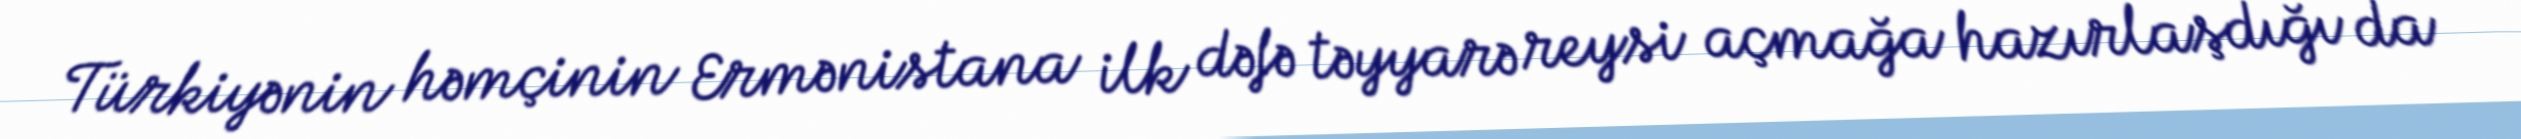
Türkiyənin həmçinin Ermənistana ilk dəfə təyyarə reysi açmağa hazırlaşdığı da